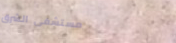
مستشفى الشرق